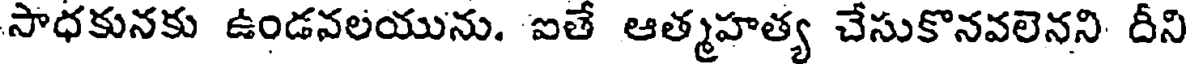
సాధకునకు ఉండవలయును. ఐతే ఆత్మహత్య చేసుకొనవలెనని దీని